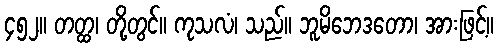
၄၅၂။ တတ္ထ၊ တို့တွင်။ ကုသလံ၊ သည်။ ဘူမိဘေဒတော၊ အားဖြင့်။